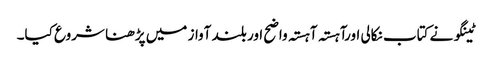
ٹینگو نے کتاب نکالی اورآہستہ آہستہ واضح اور بلند آواز میں پڑھنا شروع کیا۔